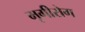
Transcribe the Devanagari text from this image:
मृगीरोग